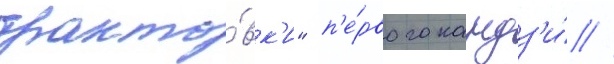
тракто́вк'и" п'е́рвого кандз'и́ //